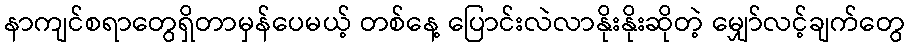
နာကျင်စရာတွေရှိတာမှန်ပေမယ့် တစ်နေ့ ပြောင်းလဲလာနိုးနိုးဆိုတဲ့ မျှော်လင့်ချက်တွေ